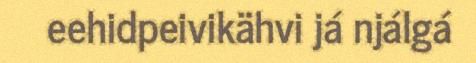
eehidpeivikähvi já njálgá